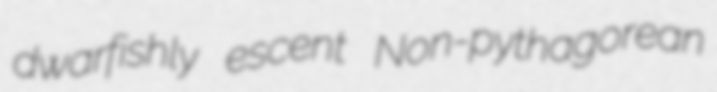
dwarfishly escent Non-pythagorean